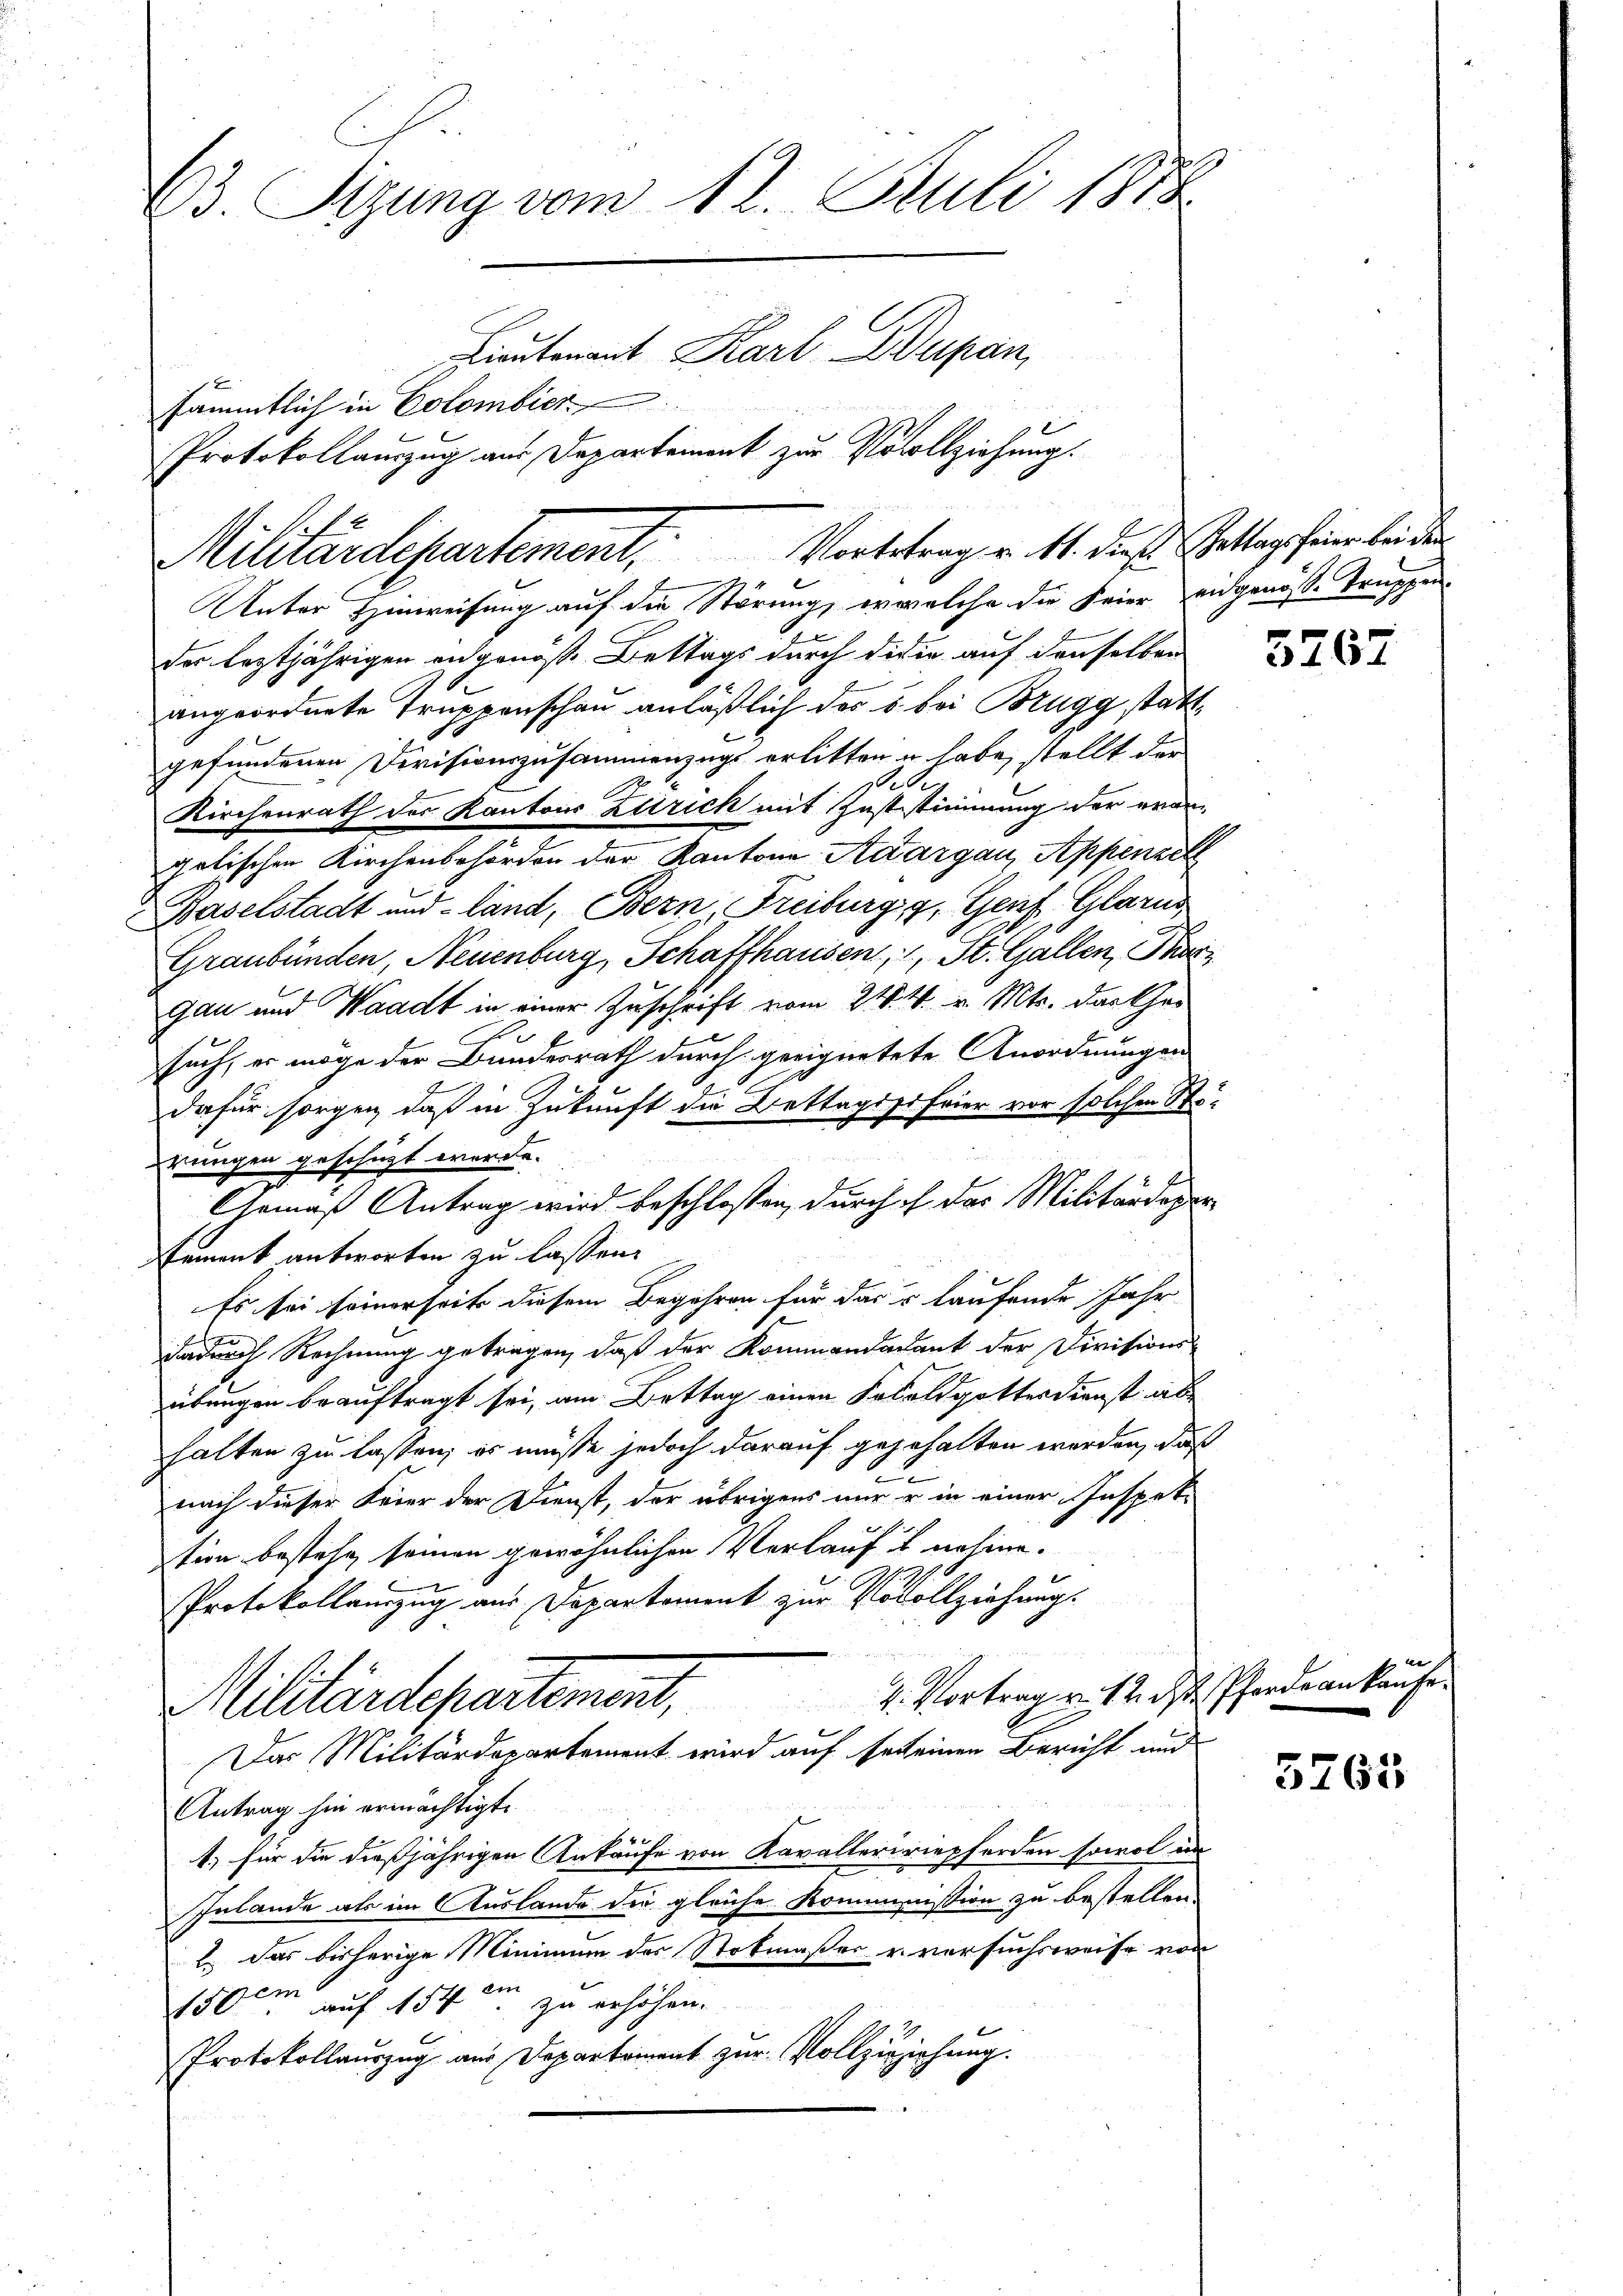
23. Stzung vom 12. Juli 1888
Lieutenant Karl Dupan
sämmtlich in Colombier
Protokollauszug aus Departement zur Vollziehung.

Unter Hinweisung auf die Störung, er welche die Feier eidgenöße Truppen-
u
der leztjährigen angenöß. Bettags durch dieer auf denselben
angeordnete Truppenschau anläßlich des 5 bei Brugg stattgefundenen Devisionszusammenzugs erlitten u habe, stellt der
s
Kirchenrath des Kantons Zutrich mit Juststimmung der evan
galischen Kirchenbehörden der Kantone Aargau, Appenzel
Baselstadt und land, Bern, Freiburg z. Genf, Glarus
Graubünden, Neuenburg, Schaffhausen, 1, St. Gallen, Pac
gau und Waadt in einer Zuschrift vom 21. M. v. Mts. das Ge¬
2
e
such, er möge der Bundesrath durch geeignetete Anordnungen

dafür sorgen, daß in Zukunft die Bettagsstfeier vor solchen Störungen geschüzt werde.
Chomas Antrag wird beschlossen, durch ich das Militärdepar
Ermank antworten zu lassen.
Es sei seinerseit diesem Begehren für dass laufende Jahr
s
dadurch Rechnung getragen, daß der Kommandadant der Divisionsübungen beauftragt sei, am Bettag einen Koboldgottesdienst abe
halten zu lassen, es müsse jedoch darauf gegehalten werden, daß
.
nach dieser Feier der Dienst, der übrigens nur er in einer Inspete
tion bestehe seinen gewöhnlichen Verkaufs nehme.
Protokollauszug aus Departement zur Vovollziehungs
4. Vortrag v. 12. d. Pferde ankaufe
Militärdepartement,
Das Militärdepartement wird auf sei einen Bericht und
Antrag hin ermächtigt.
f
1.) für die dießjährigen Ankäufe von Kavalleriepferden sowol in
Inlande als im Auslande die gleiche Kommnission zu bestellen.
2. Das bisherige Minimum des Stokmaßer u. versuchsweise von
ein
150m auf 154. zu erhöhen.
Protokollauszug aus Departement zur Vollzuziehung.

Militärdepartement, Verbetrag v. 4. dieß Satterscheine beiden

5767

3765